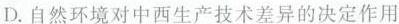
D.自然环境对中西生产技术差异的决定作用